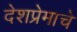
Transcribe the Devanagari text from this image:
देशप्रेमाचे